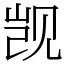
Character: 觊